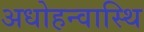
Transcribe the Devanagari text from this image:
अधोहन्वास्थि